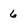
Character: 6